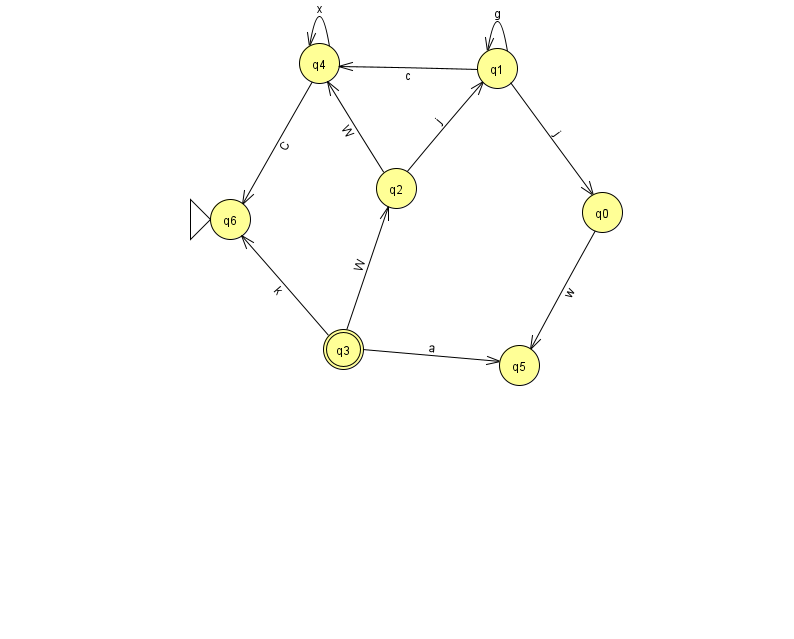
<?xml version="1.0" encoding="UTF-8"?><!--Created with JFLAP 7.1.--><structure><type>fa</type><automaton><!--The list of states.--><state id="0" name="q0"><x>602.0</x><y>199.0</y></state><state id="1" name="q1"><x>497.0</x><y>55.0</y></state><state id="2" name="q2"><x>396.0</x><y>175.0</y></state><state id="3" name="q3"><x>343.0</x><y>336.0</y><final/></state><state id="4" name="q4"><x>319.0</x><y>50.0</y></state><state id="5" name="q5"><x>519.0</x><y>352.0</y></state><state id="6" name="q6"><x>230.0</x><y>206.0</y><initial/></state><!--The list of transitions.--><transition><from>1</from><to>0</to><read>j</read></transition><transition><from>1</from><to>4</to><read>c</read></transition><transition><from>2</from><to>4</to><read>W</read></transition><transition><from>0</from><to>5</to><read>w</read></transition><transition><from>1</from><to>1</to><read>g</read></transition><transition><from>3</from><to>2</to><read>W</read></transition><transition><from>4</from><to>6</to><read>C</read></transition><transition><from>2</from><to>1</to><read>j</read></transition><transition><from>4</from><to>4</to><read>x</read></transition><transition><from>3</from><to>5</to><read>a</read></transition><transition><from>3</from><to>6</to><read>k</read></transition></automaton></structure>